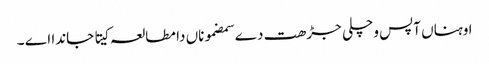
اوہناں آپس وچلی جڑھت دے سمضموناں دا مطالعہ کیتا جاندا اے ۔